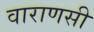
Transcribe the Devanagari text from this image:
वाराणसी